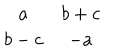
\begin{array} { c c } { { a } } & { { b + c } } \\ { { b - c } } & { { - a } } \\ \end{array}